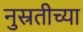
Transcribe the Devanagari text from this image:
नुस्रतीच्या